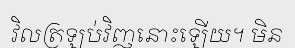
វិលត្រឡប់វិញនោះឡើយ។ មិន